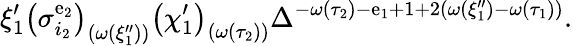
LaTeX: \xi_{1}^{\prime}\left(\sigma_{i_{2}}^{\mathrm{e}_{2}}\right)_{\left(\omega\left(\xi_{1}^{\prime\prime}\right)\right)}\left(\chi_{1}^{\prime}\right)_{\left(\omega\left(\tau_{2}\right)\right)}\Delta^{-\omega\left(\tau_{2}\right)-\mathrm{e}_{1}+1+2\left(\omega\left(\xi_{1}^{\prime\prime}\right)-\omega\left(\tau_{1}\right)\right)}.